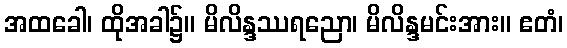
အထခေါ၊ ထိုအခါ၌။ မိလိန္ဒဿရညော၊ မိလိန္ဒမင်းအား။ ဧတံ၊